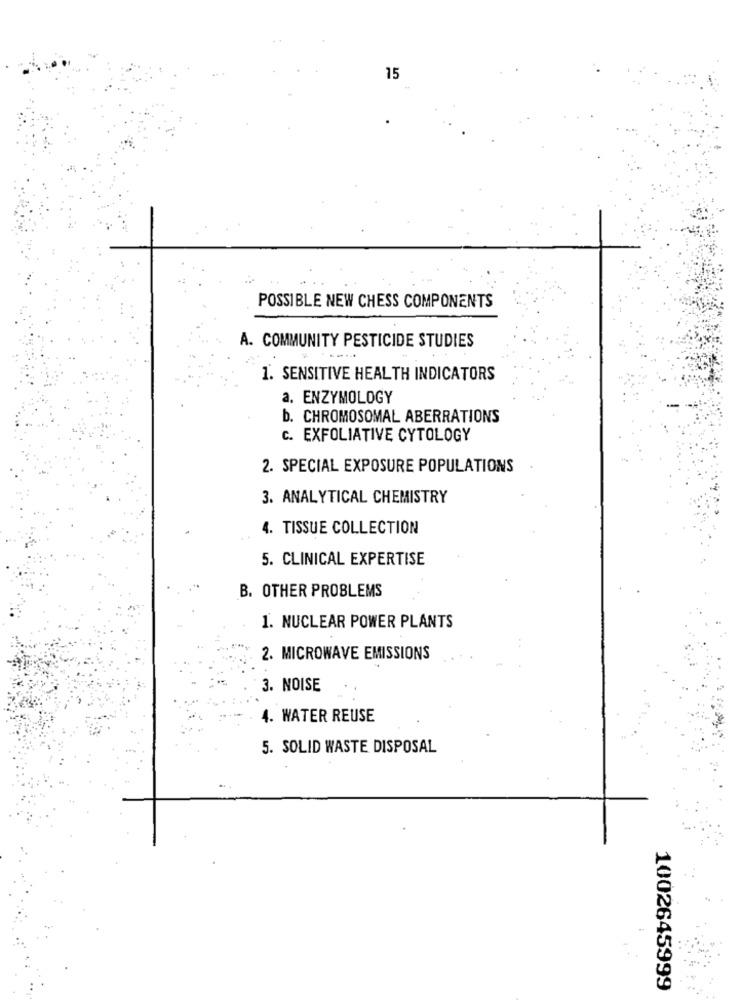
15
POSSIBLE NEW CHESS COMPONENTS
A. COMMUNITY PESTICIDE STUDIES
1. SENSITIVE HEALTH INDICATORS
a. ENZYMOLOGY
b. CHROMOSOMAL ABERRATIONS
C. EXFOLIATIVE CYTOLOGY
2. SPECIAL EXPOSURE POPULATIONS
3. ANALYTICAL CHEMISTRY
4. TISSUE COLLECTION
5. CLINICAL EXPERTISE
B. OTHER PROBLEMS
1. NUCLEAR POWER PLANTS
2. MICROWAVE EMISSIONS
3. NOISE
4. WATER REUSE
5. SOLID WASTE DISPOSAL
1002645999